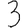
Digit: 3